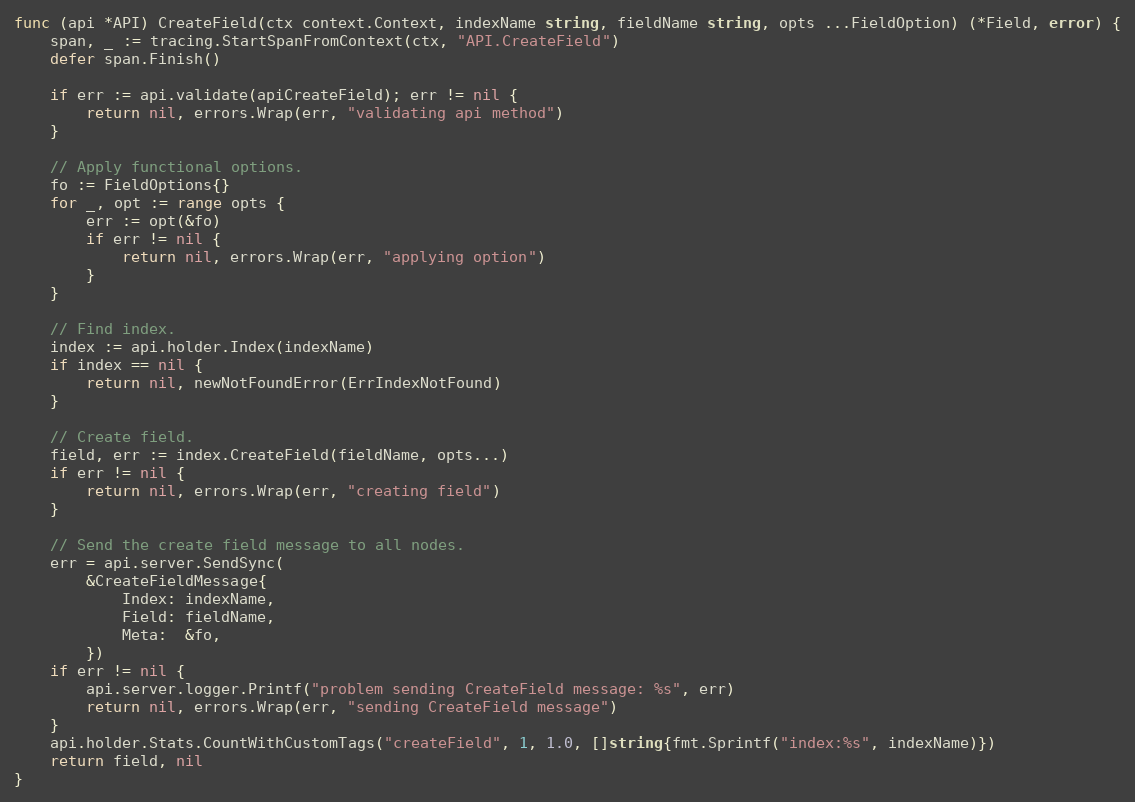
Language: Go
func (api *API) CreateField(ctx context.Context, indexName string, fieldName string, opts ...FieldOption) (*Field, error) {
	span, _ := tracing.StartSpanFromContext(ctx, "API.CreateField")
	defer span.Finish()

	if err := api.validate(apiCreateField); err != nil {
		return nil, errors.Wrap(err, "validating api method")
	}

	// Apply functional options.
	fo := FieldOptions{}
	for _, opt := range opts {
		err := opt(&fo)
		if err != nil {
			return nil, errors.Wrap(err, "applying option")
		}
	}

	// Find index.
	index := api.holder.Index(indexName)
	if index == nil {
		return nil, newNotFoundError(ErrIndexNotFound)
	}

	// Create field.
	field, err := index.CreateField(fieldName, opts...)
	if err != nil {
		return nil, errors.Wrap(err, "creating field")
	}

	// Send the create field message to all nodes.
	err = api.server.SendSync(
		&CreateFieldMessage{
			Index: indexName,
			Field: fieldName,
			Meta:  &fo,
		})
	if err != nil {
		api.server.logger.Printf("problem sending CreateField message: %s", err)
		return nil, errors.Wrap(err, "sending CreateField message")
	}
	api.holder.Stats.CountWithCustomTags("createField", 1, 1.0, []string{fmt.Sprintf("index:%s", indexName)})
	return field, nil
}